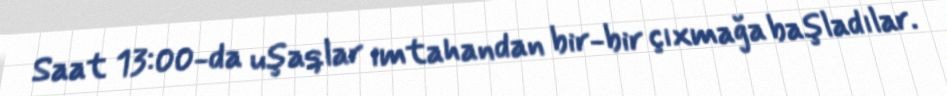
Saat 13:00-da uşaqlar imtahandan bir-bir çıxmağa başladılar.